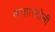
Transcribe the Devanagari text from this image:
कन्हारटोली